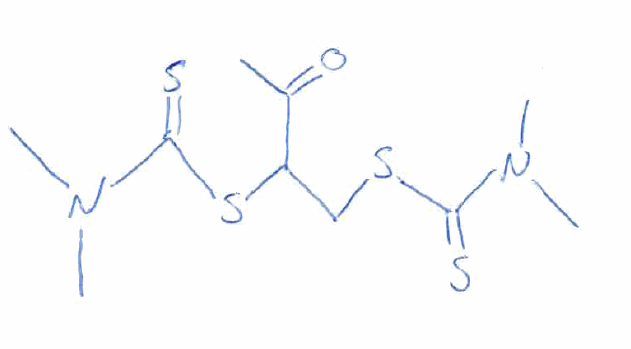
Simplified molecular-input line-entry system (SMILES) notation of the given molecule:
CC(=O)C(CSC(=S)N(C)C)SC(=S)N(C)C